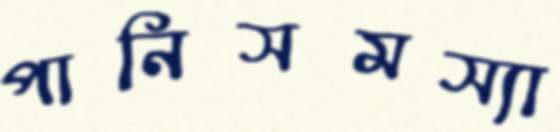
পানিসমস্যা